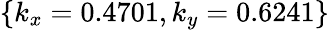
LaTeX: \{ k_{x}=0.4701,k_{y}=0.6241\}